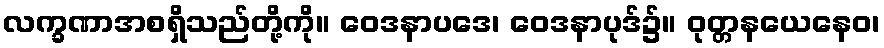
လက္ခဏာအစရှိသည်တို့ကို။ ဝေဒနာပဒေ၊ ဝေဒနာပုဒ်၌။ ဝုတ္တနယေနေဝ၊